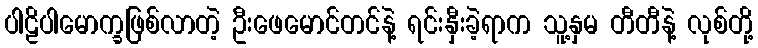
ပါဠိပါမောက္ခဖြစ်လာတဲ့ ဦးဖေမောင်တင်နဲ့ ရင်းနှီးခဲ့ရာက သူ့နှမ တီတီနဲ့ လုစ်တို့